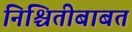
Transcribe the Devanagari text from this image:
निश्चितीबाबत